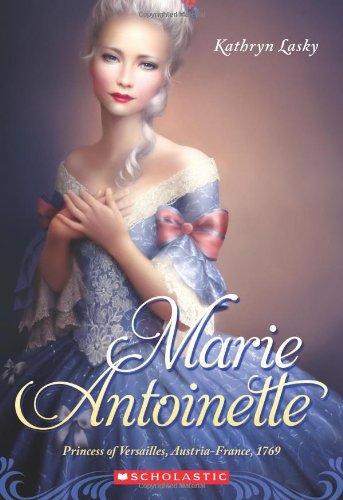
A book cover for Marie Antoinette: Princess of Versailles, Austria-France 1769; Kathryn Lasky; Children's Books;